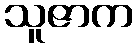
သူဇာက